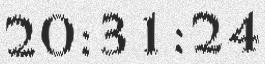
20:31:24